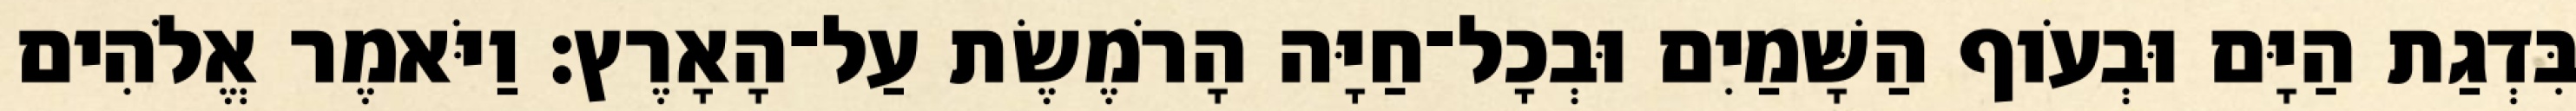
בִּדְגַת הַיָּם וּבְעֹוף הַשָּׁמַיִם וּבְכָל־חַיָּה הָרֹמֶשֶׂת עַל־הָאָרֶץ׃ וַיֹּאמֶר אֱלֹהִים